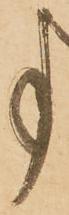
事